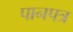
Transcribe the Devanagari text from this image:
पानपत्र